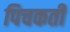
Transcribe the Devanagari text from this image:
पिचकती